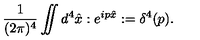
{ \frac { 1 } { ( 2 \pi ) ^ { 4 } } } \int \! \! \! \! \! \int d ^ { 4 } \hat { x } : e ^ { i p \hat { x } } : = \delta ^ { 4 } ( p ) .